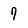
Character: 7